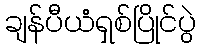
ချန်ပီယံရှစ်ပြိုင်ပွဲ